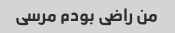
من راضی بودم مرسی